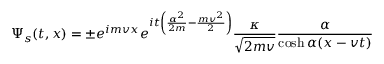
\Psi _ { s } ( t , x ) = \pm e ^ { i m v x } e ^ { i t \left( \frac { \alpha ^ { 2 } } { 2 m } - \frac { m v ^ { 2 } } { 2 } \right) } \frac { \kappa } { \sqrt { 2 m v } } \frac { \alpha } { \cosh \alpha ( x - v t ) }